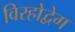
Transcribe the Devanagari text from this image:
विरहोद्वेग